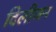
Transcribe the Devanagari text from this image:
दिलीजन